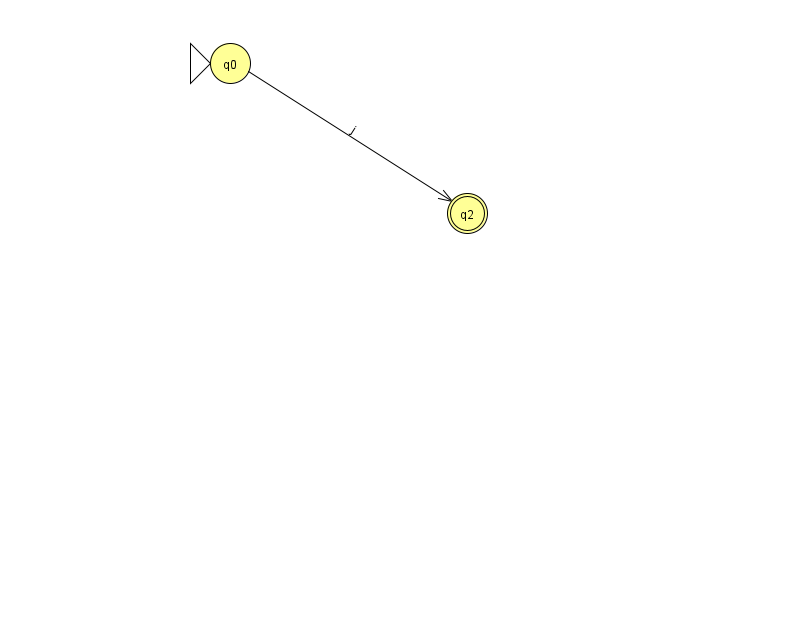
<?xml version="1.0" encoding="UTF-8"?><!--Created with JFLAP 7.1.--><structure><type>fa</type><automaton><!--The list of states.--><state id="0" name="q0"><x>230.0</x><y>50.0</y><initial/></state><state id="2" name="q2"><x>467.0</x><y>200.0</y><final/></state><!--The list of transitions.--><transition><from>0</from><to>2</to><read>j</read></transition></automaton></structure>